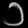
Digit: ၁